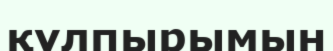
құлпырымын